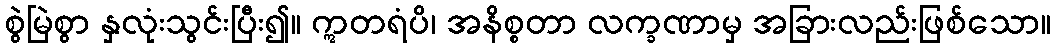
စွဲမြဲစွာ နှလုံးသွင်းပြီး၍။ ဣတရံပိ၊ အနိစ္စတာ လက္ခဏာမှ အခြားလည်းဖြစ်သော။